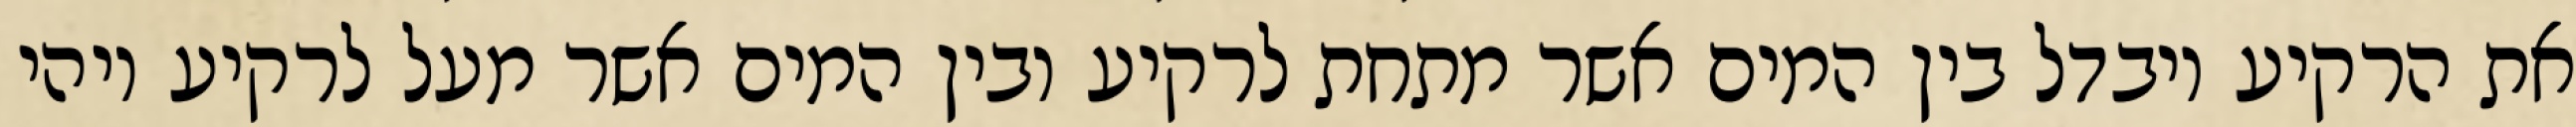
את הרקיע ויבדל בין המים אשר מתחת לרקיע ובין המים אשר מעל לרקיע ויהי